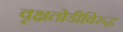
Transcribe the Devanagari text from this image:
वृक्षतोडीविरुद्ध